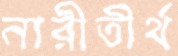
নারীতীর্থ